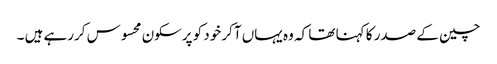
چین کے صدر کا کہنا تھا کہ وہ یہاں آکر خود کو پرسکون محسوس کررہے ہیں ۔